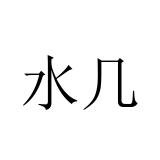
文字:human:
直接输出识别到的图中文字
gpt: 水几